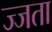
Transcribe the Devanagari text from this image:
ज्जता